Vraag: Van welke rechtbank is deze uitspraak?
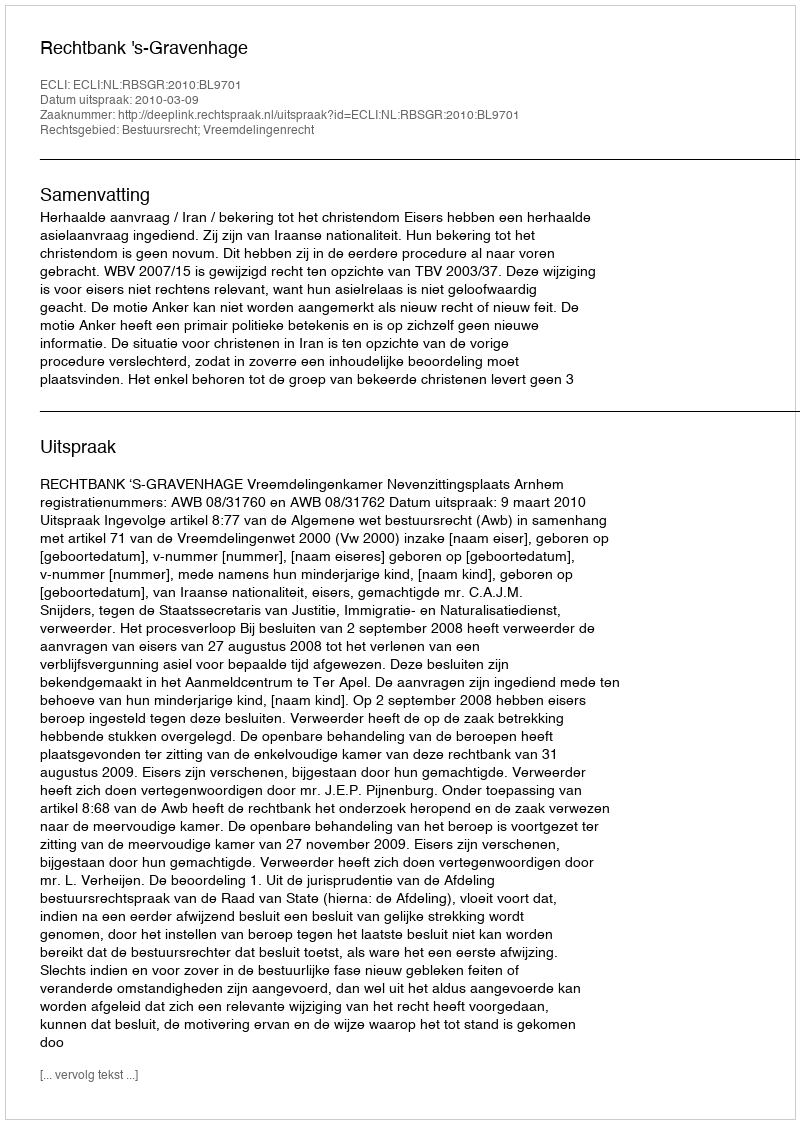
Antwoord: Rechtbank 's-Gravenhage